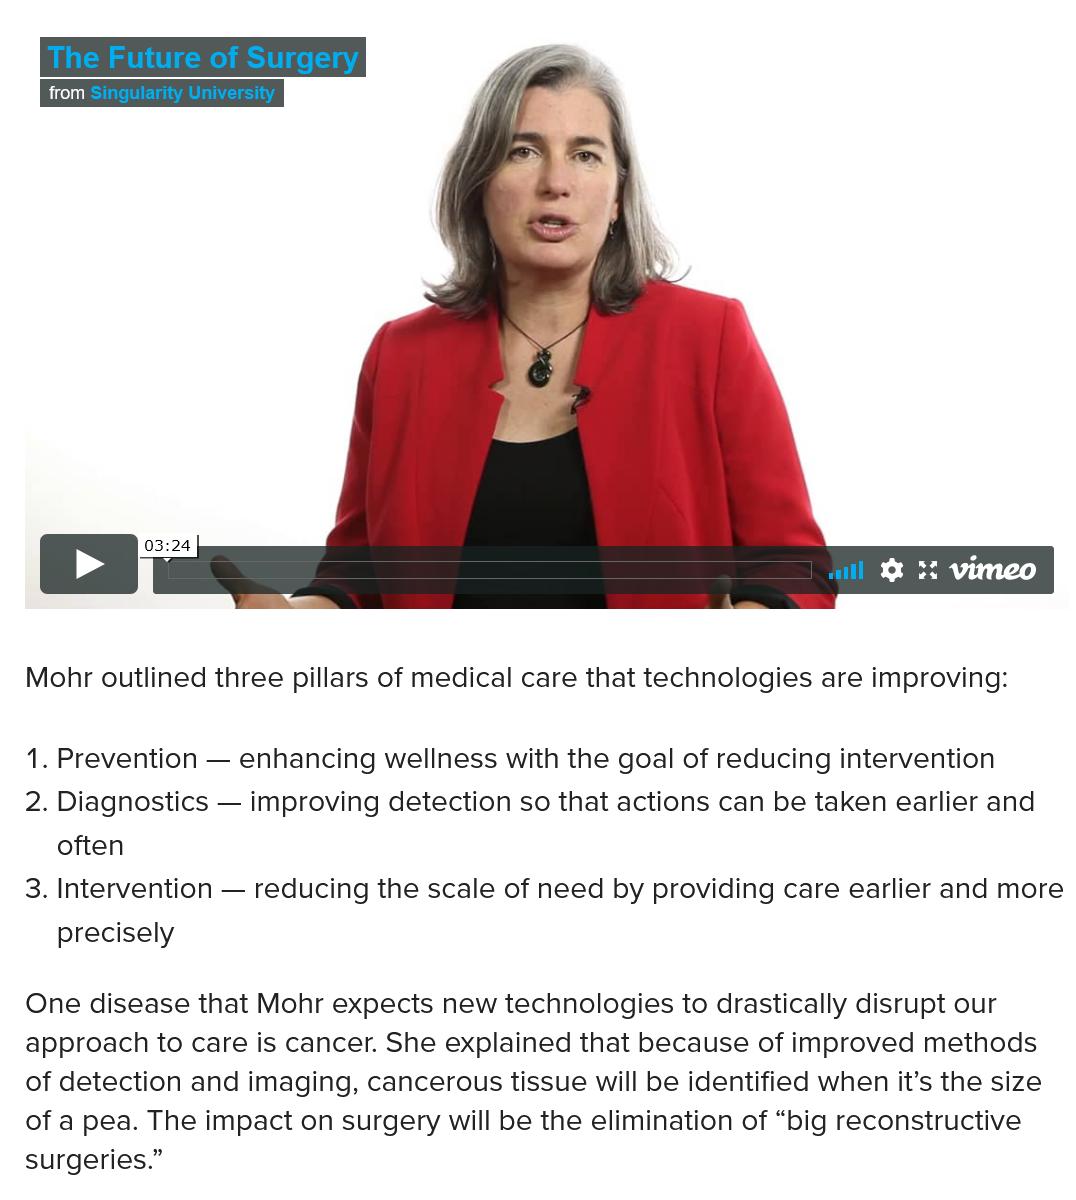
Mohr outlined three pillars of medical care that technologies are improving:
  2. Diagnostics — improving detection so that actions can be taken earlier and
    often
  One disease that Mohr expects new technologies to drastically disrupt our
  approach to care is cancer. She explained that because of improved methods
  of detection and imaging, cancerous tissue will be identified when it’s the size
  of a pea. The impact on surgery will be the elimination of “big reconstructive
  surgeries.”
    The Future of Surgery
    DUES CUS MeCN e
     Al
  1. Prevention
     —  enhancing wellness with the goal of reducing intervention
  3. Intervention
     —  reducing the scale of need by providing care earlier and more
    precisely